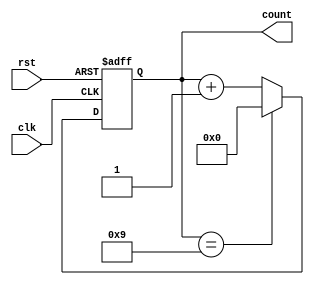
module ModulusCounter #(
    parameter N = 10  // Modulus value, should be greater than 0
)(
    input wire clk,    // Clock signal
    input wire rst,    // Asynchronous reset (active high)
    output reg [$clog2(N)-1:0] count  // N-bit wide count output
);

    // Ensure the modulus value is greater than zero
    initial begin
        if (N <= 0) begin
            $error("Modulus value N must be greater than zero.");
        end
    end

    // Always block triggered on the clock edge
    always @(posedge clk or posedge rst) begin
        if (rst) begin
            count <= 0;  // Reset count to 0
        end else begin
            if (count == N-1) begin
                count <= 0;  // Reset to 0 if reached modulus
            end else begin
                count <= count + 1;  // Increment count
            end
        end
    end

endmodule